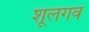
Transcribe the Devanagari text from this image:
शूलगव